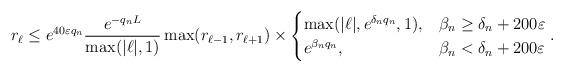
LaTeX: \begin{align*}r_{\ell} \leq e^{40\varepsilon q_n} \frac{e^{-q_nL}}{\max(|\ell|,1)} \max(r_{\ell-1}, r_{\ell+1})\times\begin{cases}\max(|\ell|, e^{\delta_n q_n}, 1), & \beta_n\geq \delta_n+200\varepsilon\\e^{\beta_n q_n}, & \beta_n<\delta_n+200\varepsilon\end{cases}.\end{align*}